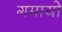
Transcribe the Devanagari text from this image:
गमायो